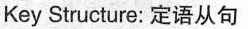
Key Structure: 定语从句